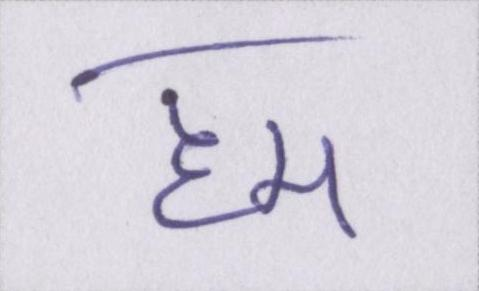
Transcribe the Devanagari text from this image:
हम